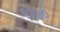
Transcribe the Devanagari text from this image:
९२७०